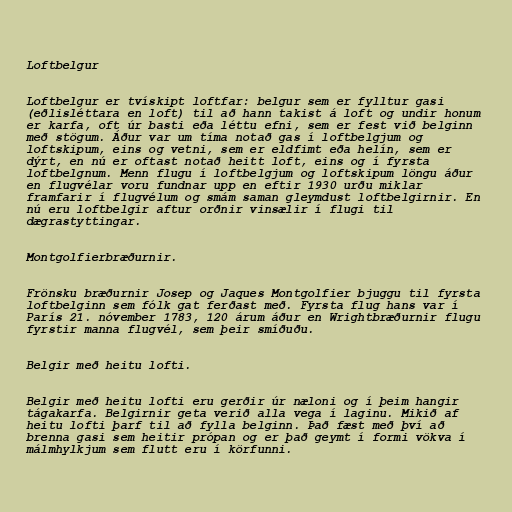
Loftbelgur

Loftbelgur er tvískipt loftfar: belgur sem er fylltur gasi
(eðlisléttara en loft) til að hann takist á loft og undir honum
er karfa, oft úr basti eða léttu efni, sem er fest við belginn
með stögum. Áður var um tíma notað gas í loftbelgjum og
loftskipum, eins og vetni, sem er eldfimt eða helín, sem er
dýrt, en nú er oftast notað heitt loft, eins og í fyrsta
loftbelgnum. Menn flugu í loftbelgjum og loftskipum löngu áður
en flugvélar voru fundnar upp en eftir 1930 urðu miklar
framfarir í flugvélum og smám saman gleymdust loftbelgirnir. En
nú eru loftbelgir aftur orðnir vinsælir í flugi til
dægrastyttingar.

Montgolfierbræðurnir.

Frönsku bræðurnir Josep og Jaques Montgolfier bjuggu til fyrsta
loftbelginn sem fólk gat ferðast með. Fyrsta flug hans var í
París 21. nóvember 1783, 120 árum áður en Wrightbræðurnir flugu
fyrstir manna flugvél, sem þeir smíðuðu.

Belgir með heitu lofti.

Belgir með heitu lofti eru gerðir úr næloni og í þeim hangir
tágakarfa. Belgirnir geta verið alla vega í laginu. Mikið af
heitu lofti þarf til að fylla belginn. Það fæst með því að
brenna gasi sem heitir própan og er það geymt í formi vökva í
málmhylkjum sem flutt eru í körfunni.